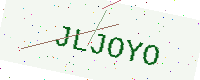
Text: JLJOYO